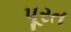
પૂરત